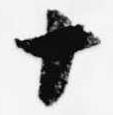
十